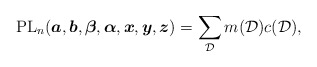
\begin{gather*}{\rm PL}_n({\boldsymbol{a}}, {\boldsymbol{b}}, {\boldsymbol{\beta}}, {\boldsymbol{\alpha}}, {\boldsymbol{x}}, {\boldsymbol{y}}, {\boldsymbol{z}})=\sum_{\cal D} m({\cal D}) {c({\cal D})},\end{gather*}